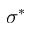
\sigma ^ { * }